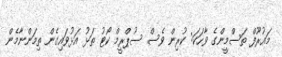
މައުރޫފް ތަސްމީންގެ ވާހަކަ: ކުރިން ވެސް ސުޕްރީމް ކޯޓު ތަޅު އަޅުވައިގެން ތިމަންނާމެން